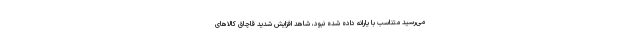
می‌رسید متناسب با یارانه داده شده نبود، شاهد افزایش شدید قاچاق کالاهای